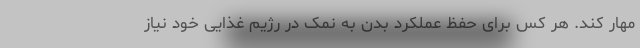
مهار کند. هر کس برای حفظ عملکرد بدن به نمک در رژیم غذایی خود نیاز